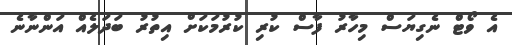
އެ ވޯޓް ނެގިޔަސް މިހާރު ފާސް ކުރި ކުރުމަކަށް އިތުރު ބަދަލެއް އަންނާނެ